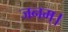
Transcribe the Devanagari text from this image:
जनम्।